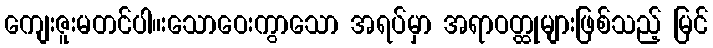
ကျေးဇူးမတင်ပါ။းသောဝေးကွာသော အရပ်မှာ အရာဝတ္ထုများဖြစ်သည့် မြင်